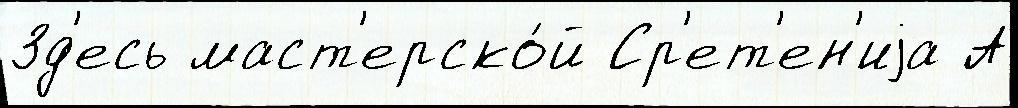
Зд'есь маст'ерско́й Ср'ет'ен'иjа А